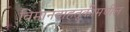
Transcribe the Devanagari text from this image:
विमानवाहतूकीमधील